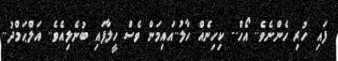
ފައި ހުރި ހެންނެވެ.. އޯހް.. ކިހިނެއް ހާލު..އައިމަން ވެސް ހީލާފައި ބުނެލިއެވެ.. އަލްޙަމްދު..